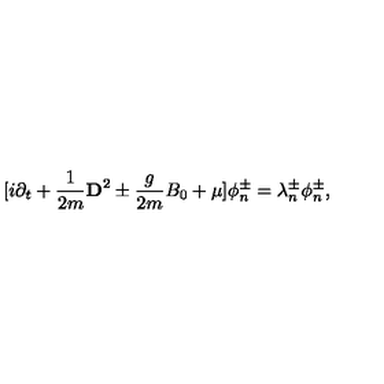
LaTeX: \lbrack i \partial _ { t } + \frac { 1 } { 2 m } { \bf D } ^ { 2 } \pm \frac { g } { 2 m } B _ { 0 } + \mu ] \phi _ { n } ^ { \pm } = \lambda _ { n } ^ { \pm } \phi _ { n } ^ { \pm } ,